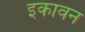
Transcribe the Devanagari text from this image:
इकावन